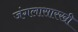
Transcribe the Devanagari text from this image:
जंगलासारखी